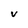
Character: V